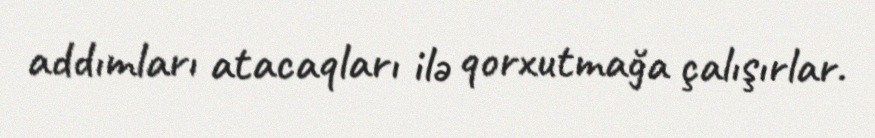
addımları atacaqları ilə qorxutmağa çalışırlar.